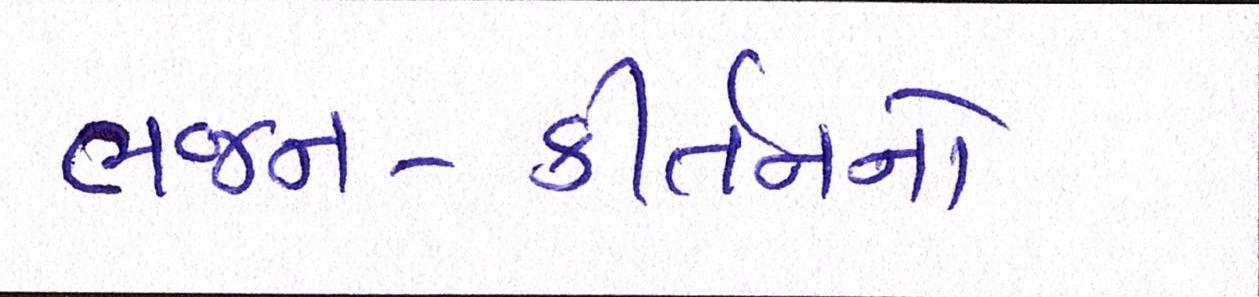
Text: ભજન-કીર્તનનો